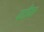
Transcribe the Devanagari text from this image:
प्दीपत